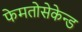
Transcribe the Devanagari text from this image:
फेमतोसेकेन्‍ड